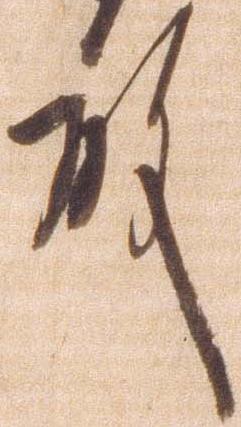
殿